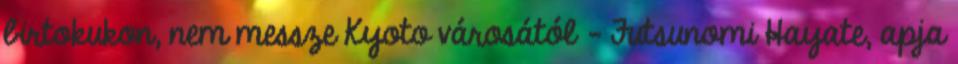
birtokukon, nem messze Kyoto városától - Futsunomi Hayate, apja